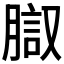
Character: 𰴱